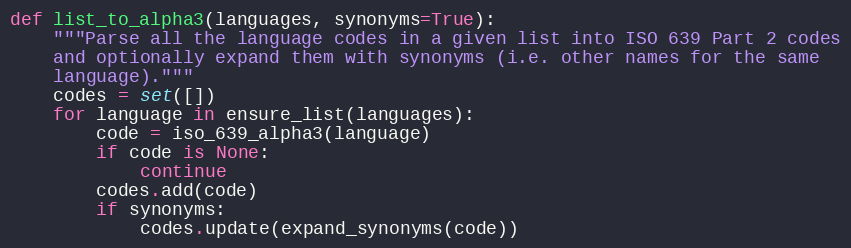
Language: Python
def list_to_alpha3(languages, synonyms=True):
    """Parse all the language codes in a given list into ISO 639 Part 2 codes
    and optionally expand them with synonyms (i.e. other names for the same
    language)."""
    codes = set([])
    for language in ensure_list(languages):
        code = iso_639_alpha3(language)
        if code is None:
            continue
        codes.add(code)
        if synonyms:
            codes.update(expand_synonyms(code))